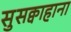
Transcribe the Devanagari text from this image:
सुसक्वाहाना